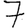
Digit: 7